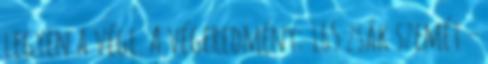
legyen a vége. A végeredmény: 165 zsák szemét –